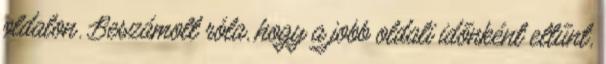
oldalon. Beszámolt róla, hogy a jobb oldali időnként eltűnt,